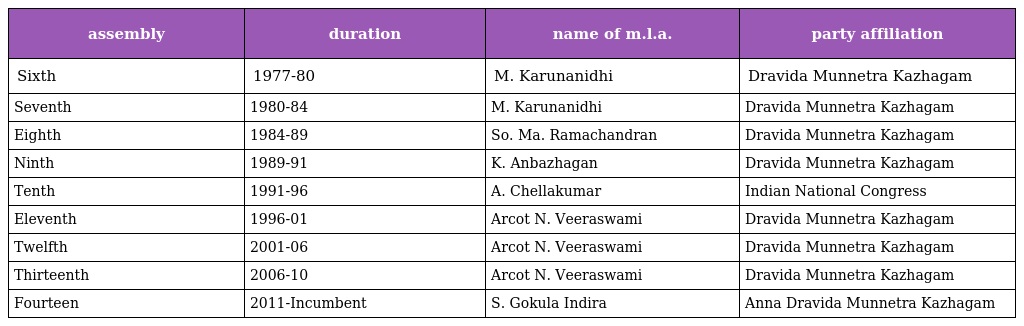
| assembly | duration | name of m.l.a. | party affiliation |
 | --- | --- | --- | --- |
 | Sixth | 1977-80 | M. Karunanidhi | Dravida Munnetra Kazhagam |
 | Seventh | 1980-84 | M. Karunanidhi | Dravida Munnetra Kazhagam |
 | Eighth | 1984-89 | So. Ma. Ramachandran | Dravida Munnetra Kazhagam |
 | Ninth | 1989-91 | K. Anbazhagan | Dravida Munnetra Kazhagam |
 | Tenth | 1991-96 | A. Chellakumar | Indian National Congress |
 | Eleventh | 1996-01 | Arcot N. Veeraswami | Dravida Munnetra Kazhagam |
 | Twelfth | 2001-06 | Arcot N. Veeraswami | Dravida Munnetra Kazhagam |
 | Thirteenth | 2006-10 | Arcot N. Veeraswami | Dravida Munnetra Kazhagam |
 | Fourteen | 2011-Incumbent | S. Gokula Indira | Anna Dravida Munnetra Kazhagam |